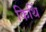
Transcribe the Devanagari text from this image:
किर्थि